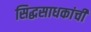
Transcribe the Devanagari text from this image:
सिद्धसाधकांची